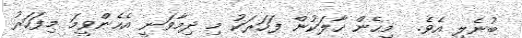
ބުނެލި އެވެ.  މިހެން ހާލަކުން ފަހަރަކު މި ދިމާވަނީ އެހެންވީމަ މިފަހަރު